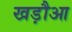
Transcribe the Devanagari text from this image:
खड़ौआ